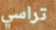
تراسي